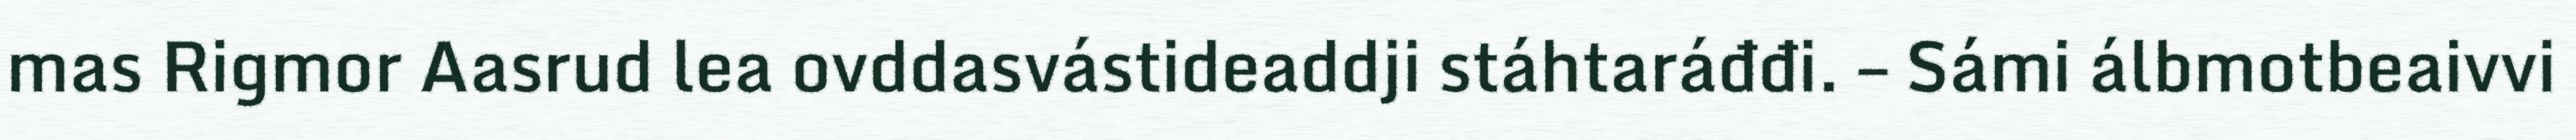
mas Rigmor Aasrud lea ovddasvástideaddji stáhtaráđđi. – Sámi álbmotbeaivvi